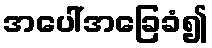
အပေါ်အခြေခံ၍